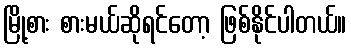
မြို့စား စားမယ်ဆိုရင်တော့ ဖြစ်နိုင်ပါတယ်။